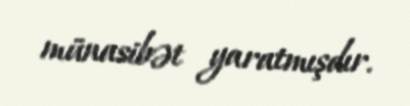
münasibət yaratmışdır.